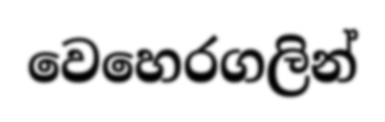
වෙහෙරගලින්